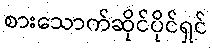
စားသောက်ဆိုင်ပိုင်ရှင်